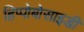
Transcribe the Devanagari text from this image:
हिप्पोबोसाइडी